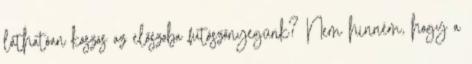
láthatóan koszos az előszoba futószőnyegünk? Nem hinném, hogy a